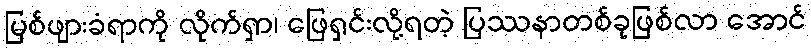
မြစ်ဖျားခံရာကို လိုက်ရှာ၊ ဖြေရှင်းလို့ရတဲ့ ပြဿနာတစ်ခုဖြစ်လာ အောင်